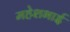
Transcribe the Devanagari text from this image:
महेशभाई